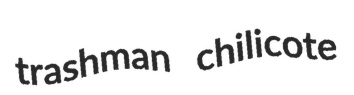
trashman chilicote